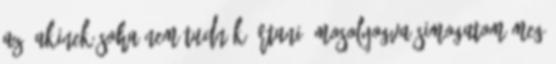
az, akinek soha nem tudnék ártani. Mosolyogva simogatom meg